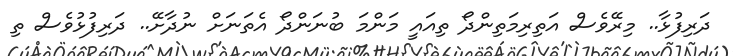
ދަރިފުޅާ.. މިރޭވެސް އަތިރިމަތިންދޯ ތިއައީ މަންމަ ބުނަންދޯ އެތަނަށް ނުދާށޭ.. ދަރިފުޅުވެސް ތި